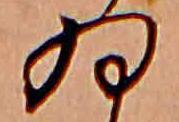
ゐ